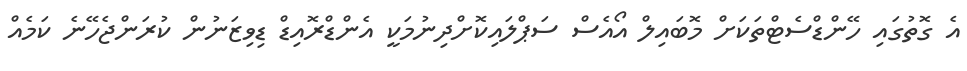
އެ ގޮތުގައި ހޭންޑްސެޓްތަކަށް މޮބައިލް އޯއެސް ސަޕްލައިކޮށްދިނުމަކީ އެންޑްރޮއިޑް ޑިވިޒަނުން ކުރަންޖެހޭނެ ކަމެއް